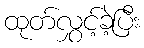
ထုတ်လွှင့်ခဲ့ပြီး